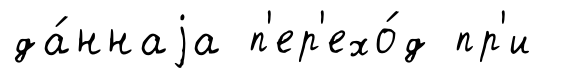
да́ннаjа п'ер'ехо́д пр'и